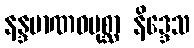
နန္ဒမာဏဝပုစ္ဆာ နိဒ္ဒေသ